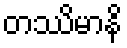
တဿိမာနိ